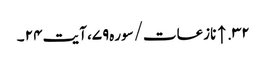
۳۲. ↑ نازعات/سوره۷۹، آیت ۲۴ ۔